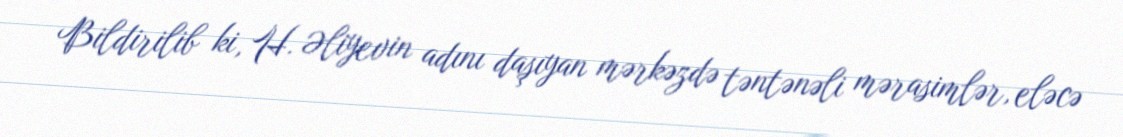
Bildirilib ki, H. Əliyevin adını daşıyan mərkəzdə təntənəli mərasimlər, eləcə